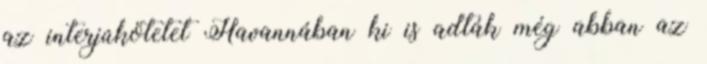
az interjúkötetet Havannában ki is adták még abban az